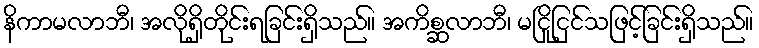
နိကာမလာဘီ၊ အလိုရှိတိုင်းရခြင်းရှိသည်။ အကိစ္ဆလာဘီ၊ မငြိုငြင်သဖြင့်ခြင်းရှိသည်။